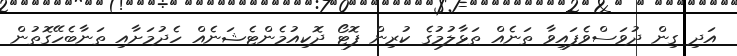
އަދި ގިން ދުވަސްވެފައިވާ ތަނެއް ތަޅާލުމުގެ ކުރިން ފޮޓޯ ދޮކިއުމެންޓެޝަނެއް ހެދުމަށާއި ތަނާބެހޭގޮތުން